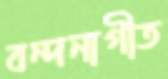
বন্দনাগীত